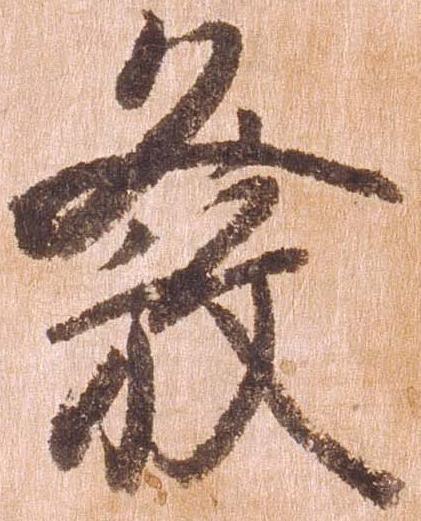
発